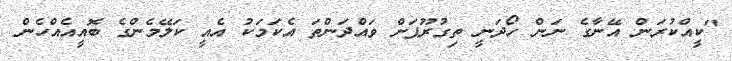
"ކީއްކުރަން އޭނާގެ ނަން ހޯދަނީ ތިގުރޫޕަށް ވައްދަންތަ އެކަމަކު އެއީ ކަލޭމެންގެ ބޮއީއެއްހެން